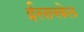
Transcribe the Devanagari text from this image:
ईसाखेल